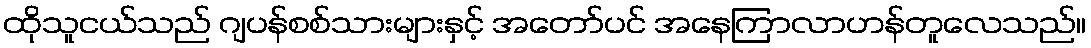
ထိုသူငယ်သည် ဂျပန်စစ်သားများနှင့် အတော်ပင် အနေကြာလာဟန်တူလေသည်။